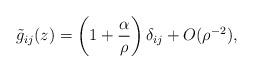
LaTeX: \begin{align*}\tilde{g}_{ij}(z)=\left(1+\frac{\alpha}{\rho}\right)\delta_{ij} +O(\rho^{-2}),\end{align*}